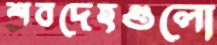
শবদেহগুলো